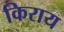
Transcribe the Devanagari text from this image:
किराय